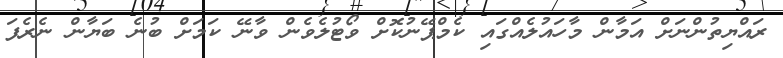
ރައްޔިތުންނަށް އަމާން މާހައުލެއްގައި ކެމްޕޭނުކޮށް ވޯޓުލެވެން ވާނޭ ކަމަށް ބުނެ ބަޔާން ނެރެފަ